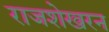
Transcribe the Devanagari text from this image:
राजशेखरन